Annual report of the Punjab Veterinary College and of the Civil Veterinary Department, Punjab - 1926-1932
Year: 1926
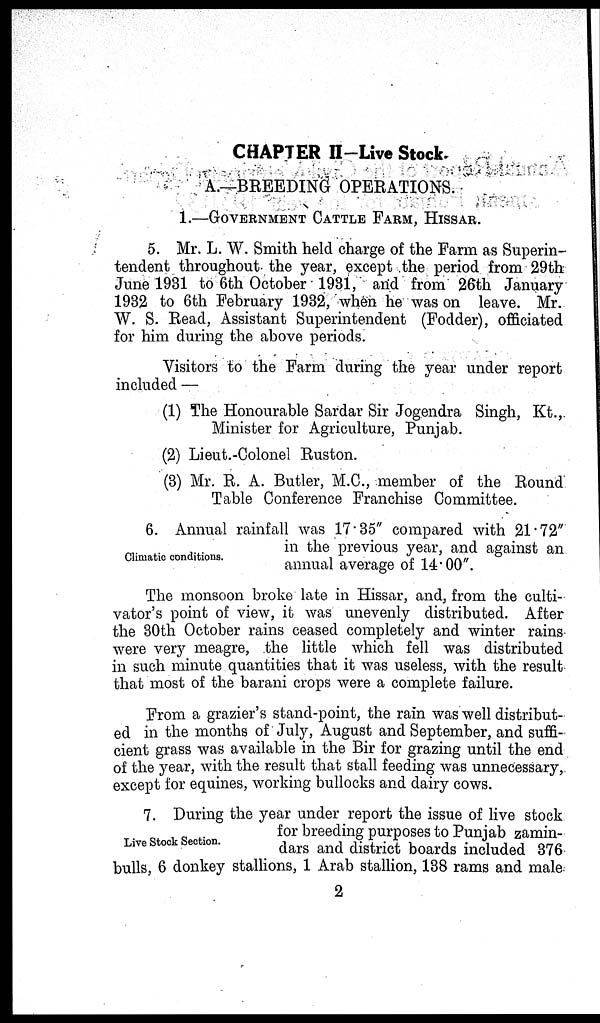
CHAPTER II-Live Stock.
A.—BREEDING OPERATIONS.
1.—GOVERNMENT CATTLE FARM, HISSAR.
5. Mr. L. W. Smith held charge of the Farm as Superin-
tendent throughout- the year, except the period from 29th
June 1931 to 6th October 1931, and from 26th January
1932 to 6th February 1932, when he was on leave. Mr.
W. S. Read, Assistant Superintendent (Fodder), officiated
for him during the above periods.
Visitors to the Farm during the year under report
included —
(1) The Honourable Sardar Sir Jogendra Singh, Kt.,
Minister for Agriculture, Punjab.
(2) Lieut.-Colonel Ruston.
(3) Mr. R. A. Butler, M.C., member of the Round
Table Conference Franchise Committee.
Climatic conditions.
6. Annual rainfall was 17.35" compared with 21.72"
in the previous year, and against an
annual average of 14.00".
The monsoon broke late in Hissar, and, from the culti-
vator's point of view, it was unevenly distributed. After
the 30th October rains ceased completely and winter rains
were very meagre, the little which fell was distributed
in such minute quantities that it was useless, with the result
that most of the barani crops were a complete failure.
From a grazier's stand-point, the rain was well distribut-
ed in the months of July, August and September, and suffi-
cient grass was available in the Bir for grazing until the end
of the year, with the result that stall feeding was unnecessary,
except for equines, working bullocks and dairy cows.
Live Stock Section.
7. During the year under report the issue of live stock
for breeding purposes to Punjab zamin-
dars and district boards included 376
bulls, 6 donkey stallions, 1 Arab stallion, 138 rams and male.
2